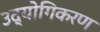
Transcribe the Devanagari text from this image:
उद्योगिकरण